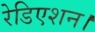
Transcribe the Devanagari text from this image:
रेडिएशन।